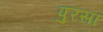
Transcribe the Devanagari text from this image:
पुरसां